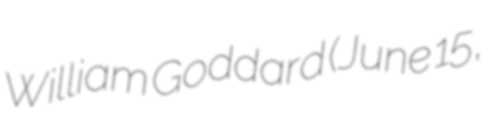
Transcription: William Goddard (June 15,